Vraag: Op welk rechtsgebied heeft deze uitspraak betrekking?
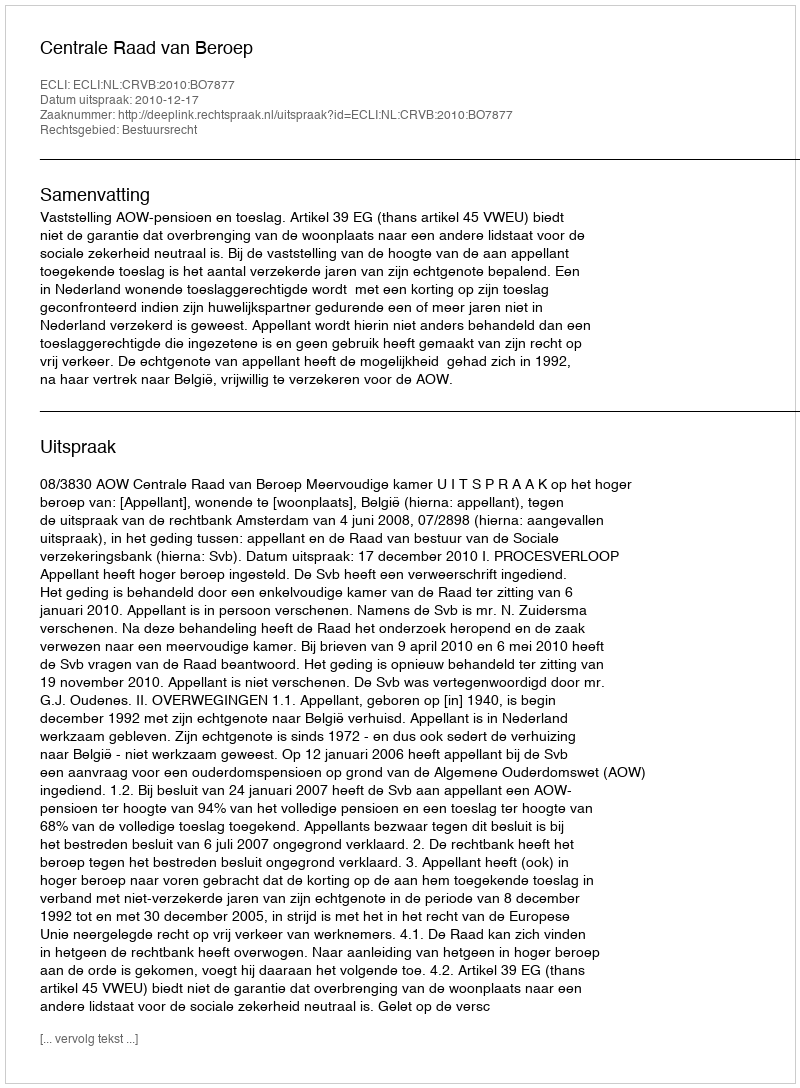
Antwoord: Bestuursrecht